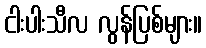
ငါးပါးသီလ လွန်ပြစ်များ။